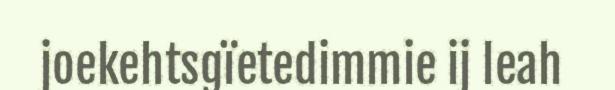
joekehtsgïetedimmie ij leah